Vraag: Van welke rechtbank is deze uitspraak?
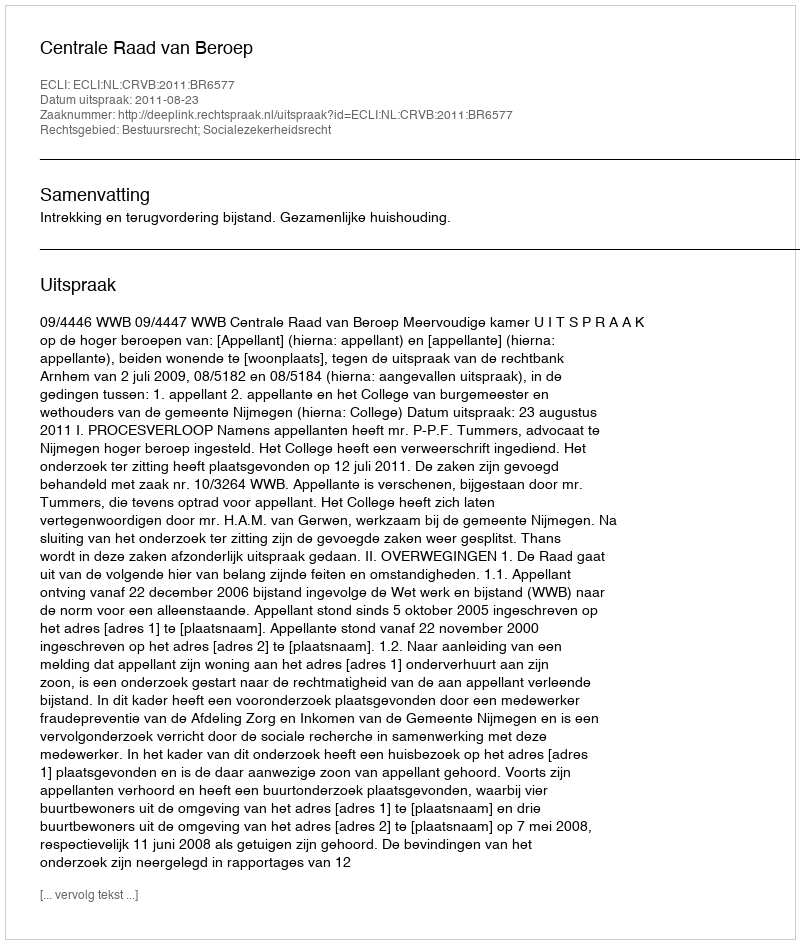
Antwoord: Centrale Raad van Beroep